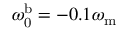
\omega _ { \mathrm { 0 } } ^ { \mathrm { b } } = - 0 . 1 \omega _ { \mathrm { m } }